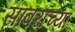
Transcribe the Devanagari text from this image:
सांबराच्या